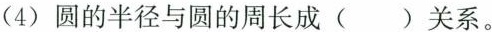
(4) 圆的半径与圆的周长成( )关系。